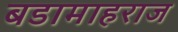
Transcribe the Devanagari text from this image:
बडामाहराज